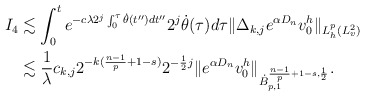
\begin{align*}I_4&\lesssim \int_0^t e^{-c\lambda2^{j}\int_{0}^\tau \dot\theta(t'')d{t''}}2^j\dot\theta(\tau)d\tau\|{\Delta}_{k,j}e^{\alpha D_n }v_0^h\|_{L^p_h(L^2_v)}\\&\lesssim \frac{1}{\lambda}c_{k,j}2^{-k(\frac{n-1}{p}+1-s)}2^{-\frac{1}{2}j}\|e^{\alpha D_n }v_0^h\|_{\dot{B}_{p,1}^{\frac{n-1}{p}+1-s,\frac{1}{2}}}.\end{align*}